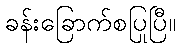
ခန်းခြောက်စပြုပြီ။